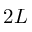
2 L